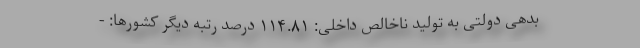
بدهی دولتی به تولید ناخالص داخلی: ۱۱۴.۸۱ درصد رتبه دیگر کشورها: -